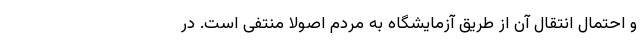
و احتمال انتقال آن از طریق آزمایشگاه به مردم اصولاً منتفی است. در